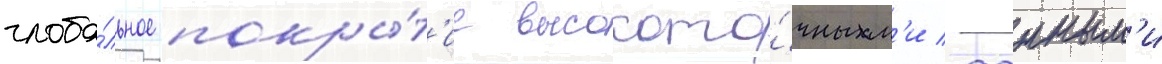
глоба́льное покры́т'ие высокото́чным'и -данным'и